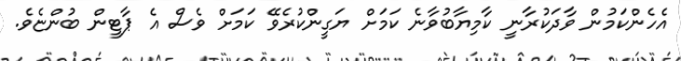
އެހެންކަމުން ވާދަކުރާނީ ކާމިޔާބުވާނެ ކަމަށް ޔަގީންކުރެވޭ ކަމަށް ވެސް އެ ޕާޓީން ބުންޏެވެ.